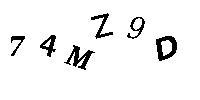
74MZ9D